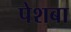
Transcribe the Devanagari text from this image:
पेशबा